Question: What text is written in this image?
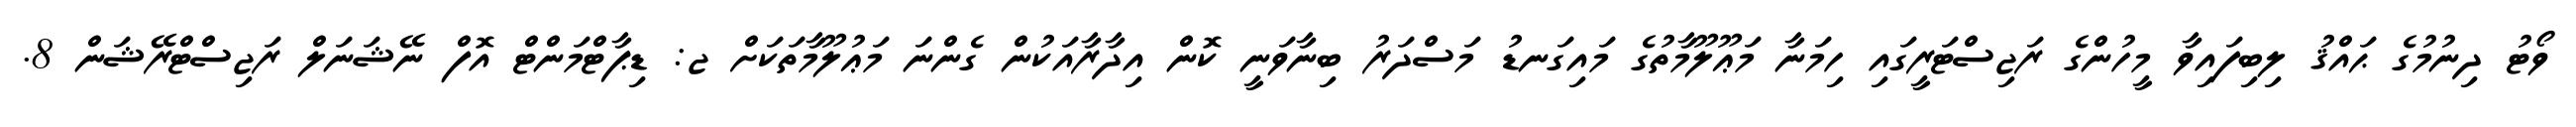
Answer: ވޯޓު ދިނުމުގެ ޙައްޤު ލިބިފައިވާ މީހުންގެ ރަޖިސްޓަރީގައި ހިމަނާ މަޢޫލޫމާތުގެ މައިގަނޑު މަސްދަރު ބިނާވަނީ ކޮން އިދާރާއަކުން ގެންނަ މަޢުލޫމާތަކަށް ޖ: ޑިޕާޓްމަންޓް އޮފް ނޭޝަނަލް ރަޖިސްޓްރޭޝަން 8.